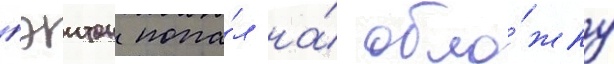
пэитон попа́л на́ обло́жку